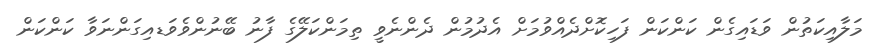
މަލާއިކަތުން ވަޑައިގެން ކަންކަން ފަހިކޮށްދެއްވުމަށް އެދުމުން ދެންނެވީ ތިމަންކަލޭގެ ފާނު ބޭނުންވެވަޑއިގަންނަވާ ކަންކަން